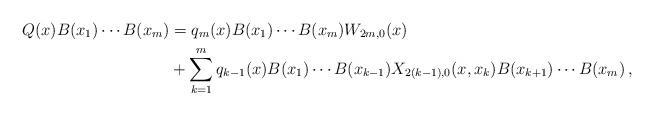
LaTeX: \begin{align*} Q(x)B(x_{1})\cdots B(x_{m})& = q_m(x)B(x_{1})\cdots B(x_{m})W_{2m,0}(x) \\ & +\sum_{k=1}^{m} q_{k-1}(x)B(x_{1})\cdots B(x_{k-1})X_{2(k-1),0}(x,x_{k})B(x_{k+1})\cdots B(x_{m}) \,, \end{align*}